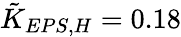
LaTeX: \tilde{K}_{EPS,H}=0.18